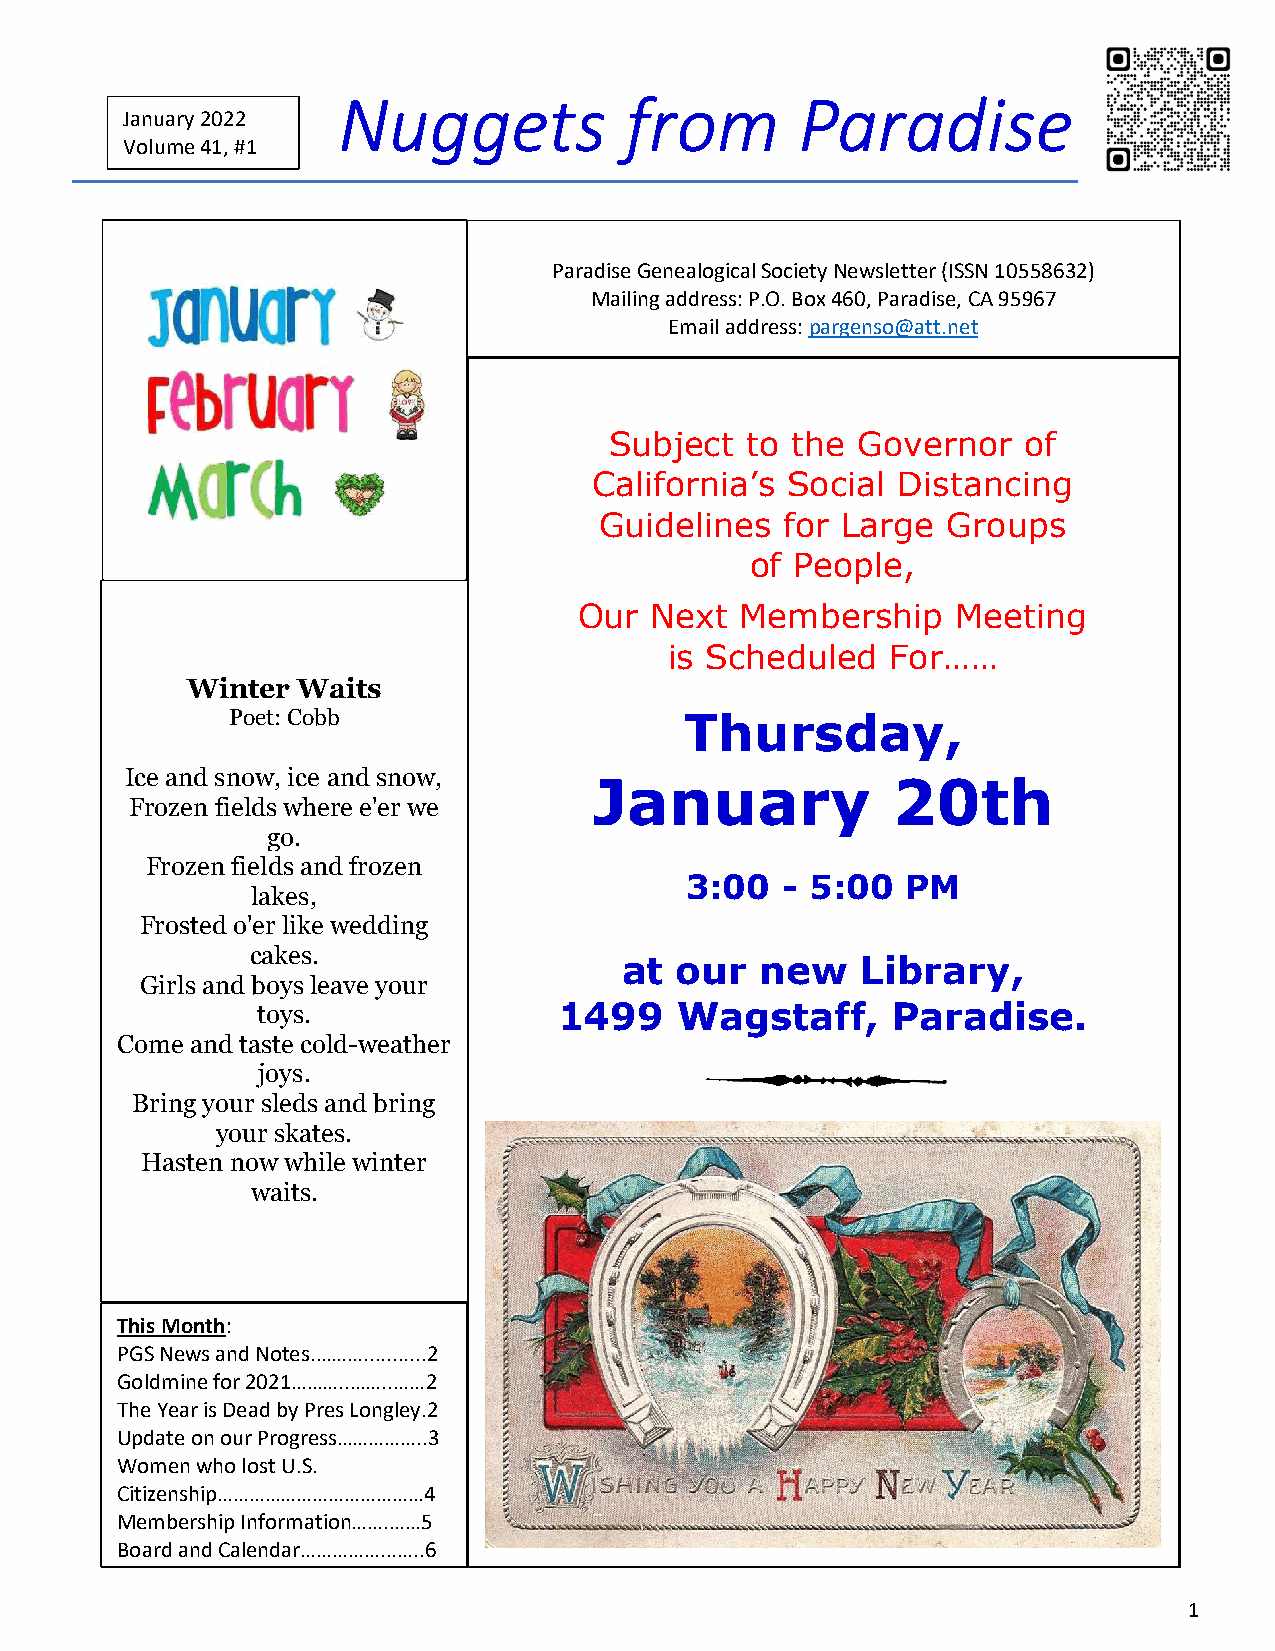
Nuggets            from        Paradise
 Jan uary 202 2
 Volume 41, #1
 Paradise Genealogical Society Newsletter (ISSN 10558632)
 Mailing address: P.O. Box 460, Paradise, CA 95967
 Email address: pargenso@att.net
 Subject  to the  Governor   of
 California’s Social Distancing
 Guidelines  for Large  Groups
 of People,
 Our  Next  Membership    Meeting
 is Scheduled   For……
 Winter  Waits
 Poet: Cobb                    Thursday,
 Ice and snow, ice and snow,
 January             20th
 Frozen fields where e'er we
 go.
 Frozen fields and frozen
 3:00   - 5:00  PM
 lakes,
 Frosted o'er like wedding
 cakes.
 at  our  new    Library,
 Girls and boys leave your
 toys.               1499    Wagstaff,     Paradise.
 Come and taste cold-weather
 joys.
 Bring your sleds and bring
 your skates.
 Hasten now while winter
 waits.
 This Month:
 PGS News and Notes.………...........2
 Goldmine for 2021………..……..……2
 The Year is Dead by Pres Longley.2
 Update on our Progress……………..3
 Women who lost U.S.
 Citizenship…………………………………4
 Membership Information…….……5
 Board and Calendar……………...…..6
 1